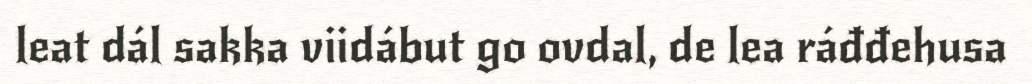
leat dál sakka viidábut go ovdal, de lea ráđđehusa